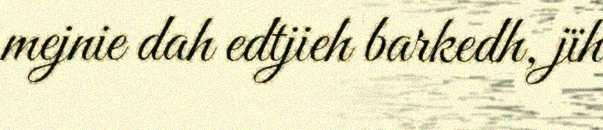
mejnie dah edtjieh barkedh, jïh